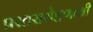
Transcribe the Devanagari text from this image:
प्रस्तरारोहणाची